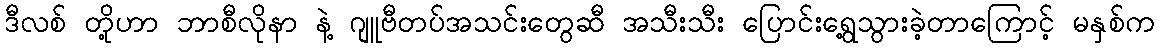
ဒီလစ် တို့ဟာ ဘာစီလိုနာ နဲ့ ဂျူဗီတပ်အသင်းတွေဆီ အသီးသီး ပြောင်းရွေ့သွားခဲ့တာကြောင့် မနှစ်က